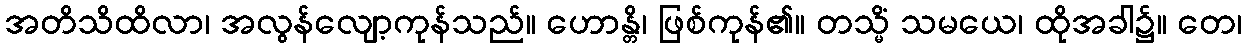
အတိသိထိလာ၊ အလွန်လျော့ကုန်သည်။ ဟောန္တိ၊ ဖြစ်ကုန်၏။ တသ္မိံ သမယေ၊ ထိုအခါ၌။ တေ၊